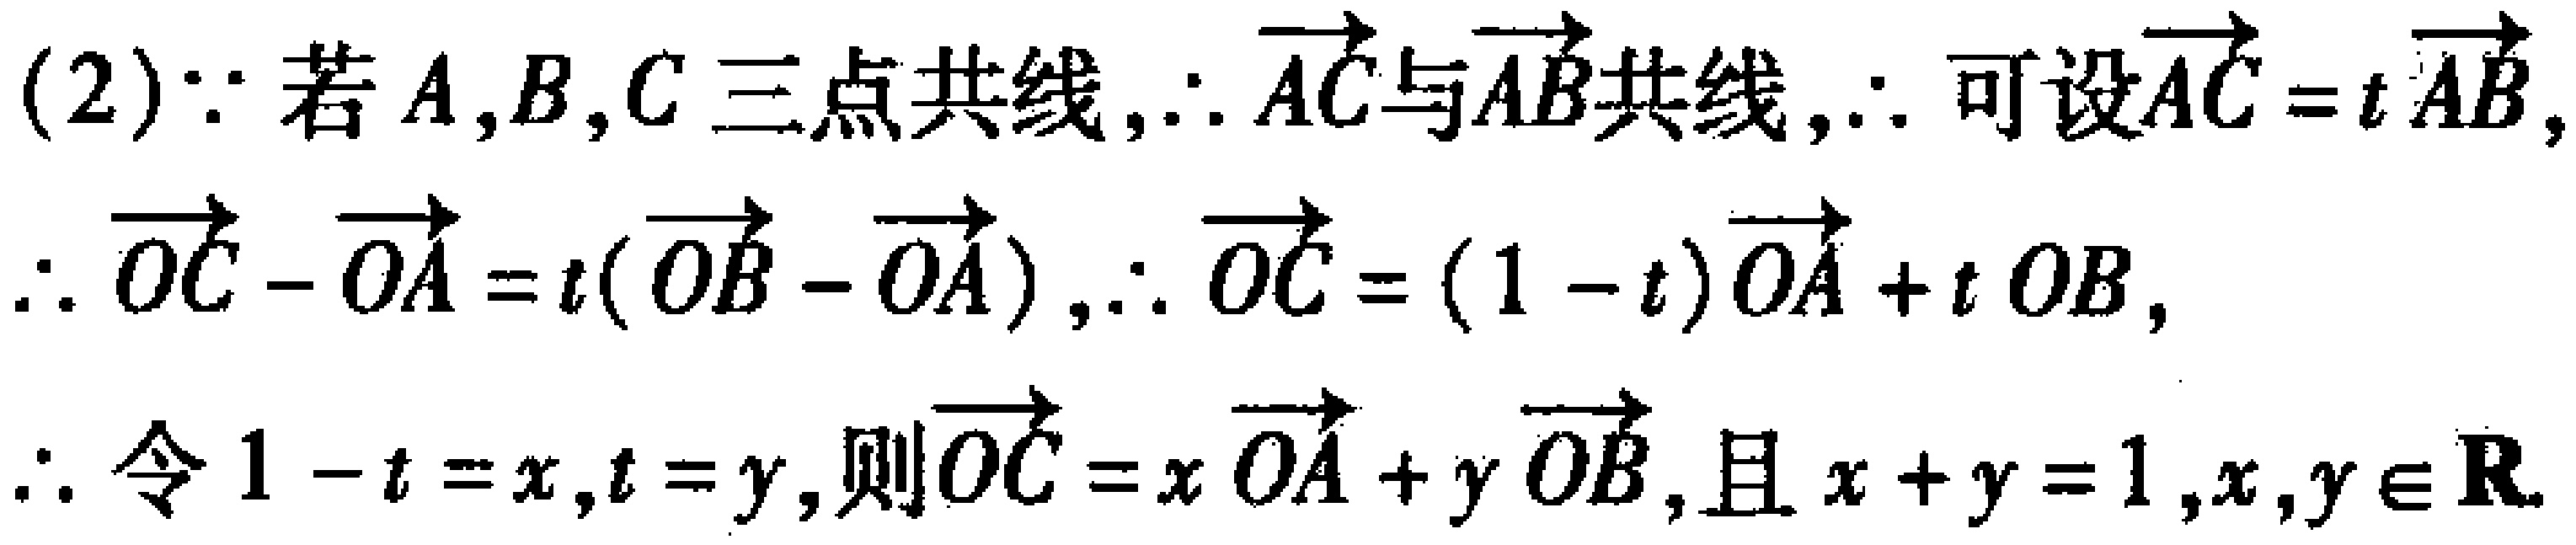
(2)$\because$若$A,B,C$三点共线,$\therefore \overrightarrow{AC}$与$\overrightarrow{AB}$共线,$\therefore$可设$\overrightarrow{AC} = t\overrightarrow{AB}$,
$\therefore \overrightarrow{OC}-\overrightarrow{OA}=t(\overrightarrow{OB}-\overrightarrow{OA})$,$\therefore \overrightarrow{OC}=(1 - t)\overrightarrow{OA}+t\overrightarrow{OB}$,
$\therefore$令$1 - t = x,t = y$,则$\overrightarrow{OC}=x\overrightarrow{OA}+y\overrightarrow{OB}$,且$x + y = 1,x,y\in \mathbf{R}$.